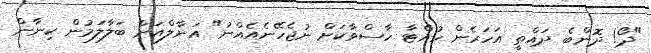
"ދޯ! ދޮންބެ ދައްތީ އަހަރެން ހުއްޓާ ހާސްވާކަށް ނުޖެހޭނެއެއްނު" އަނާލްއަށް ބަލާލަމުން ކިނާން